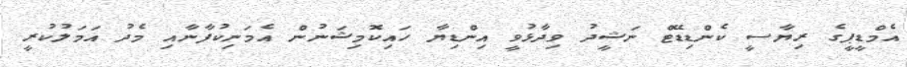
އެމްޑީޕީގެ ރިޔާސީ ކެންޑިޑޭޓް ނަޝީދު ވިދާޅުވީ އިންޑިޔާ ހައިކޮމިޝަނުން އެމަނިކުފާނާއި މެދު އަމަލުކުރީ